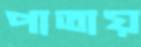
পাতায়